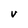
Character: v